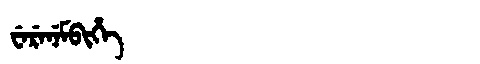
Manchu: ᠸᡝᡵᡝᠨᡝᠮᠪᡳᡥᡝ
Romanization: WERENEMBIHE